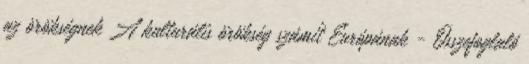
az örökségnek A kulturális örökség számít Európának - Összefoglaló